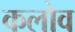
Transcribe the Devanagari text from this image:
कलोव